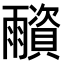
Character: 𩆂